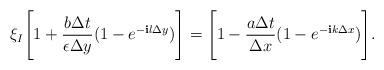
LaTeX: \begin{align*}\xi_I \Bigg [1 + \frac{b \Delta t}{\epsilon \Delta y}(1-e^{-{\mathbf i}l \Delta y}) \Bigg] = \Bigg [ 1 - \frac{a \Delta t}{\Delta x}(1- e^{-{\mathbf i} k \Delta x}) \Bigg].\end{align*}